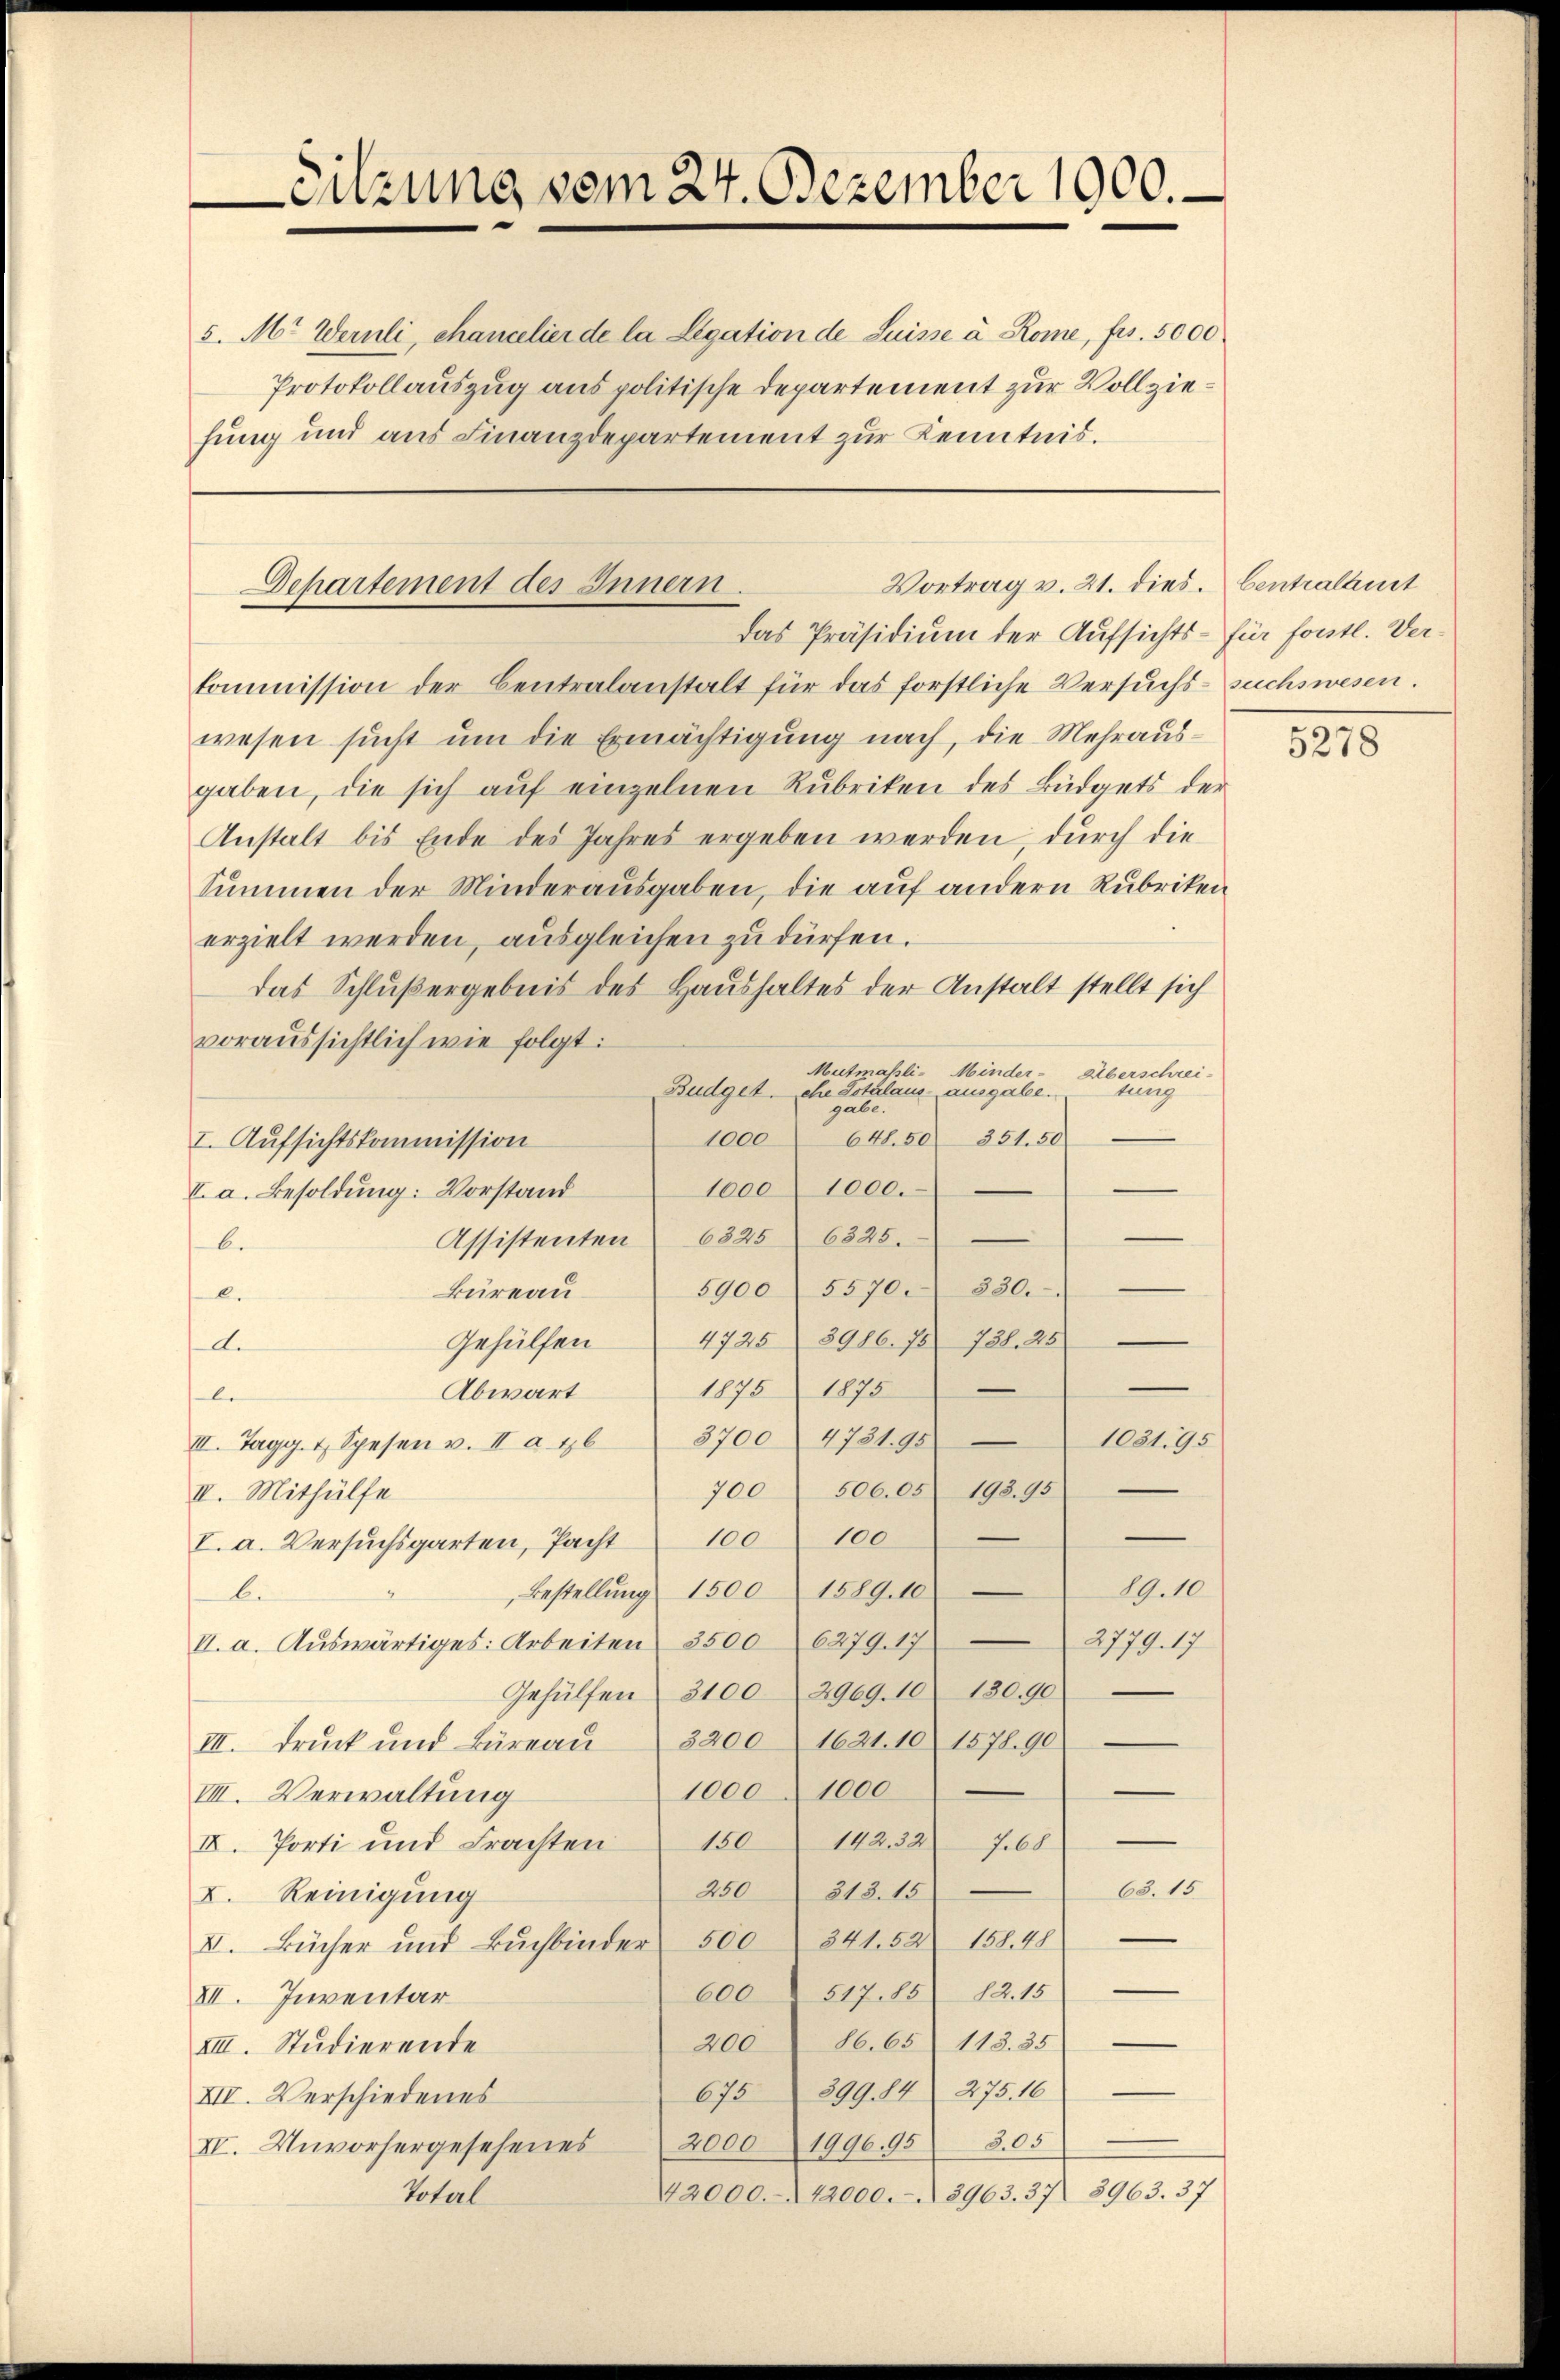
-Sitzung vom 24. Dezember 1900.

5. M. Wernli, chancelier de la Legation de Suisse à Rome, frs. 5000
Protokollauszug aus politische Departement zur Vollziehung und aus Finanzdepartement zur Kenntnis.

Vortrag v. 21. dies. Centralanst
Dehartement des Innern.

Das Präsidium der Aufsichts- für fontl. Vertommission der Centralanstalt für das forstliche Versuchs-suchswesen.
wesen sucht um die Ermächtigung nach, die Mehrausgaben, die sich auf einzelnen Rubriken des Büdgets der
Anstalt bis Ende des Jahres ergeben werden durch die
Summen der Minderausgaben, die auf andern Rubriken
erzielt werden, ausgleichen zu dürfen.
das Schlußergebnis des Haushaltes der Anstalt stellt sich
voraussichtlich wie folgt:
Mutmasli- Minder-Überschrei-
Budget. che Totalaus ausgabe.
tung
gulte
e
648. 50 351. 50
1000
I. Aufsichtskommission
teca 1000.
I. a. Besoldung: Vorstand
Assistenten 6825 6325.
b.
5900 5570. 330.
Büreau
.
e
Gehülfen  4725 8946. 78 781. 28
A.
—
1875 1875
Abwart
be
I. Tagg. 4. Spesen u. II a 16 3700 4731. 95
103195
700 506. 05 193. 95
IV. Mithülfe
I. a. Versŭchsgarten, Pacht 100100
19.10.
Bestellŭng 1500 1589. 10
bi
2779. 17
I. a. Auswärtiges: Arbeiten 3500 6279. 17
Gehülfen 31002969. 10 130. 90
III. Druck und Büreaŭ 3200 1621. 10 1578. 90
e
10001000
VIII. Verwaltung
150
142. 327. 68
IV. Porti und Frachten
63. 15
250313. 15
I. Reinigung
V. Bücher und Buchbinder 500 341. 52 158. 48
51785 82. 15
600
VII. Inventar
20086. 65 118. 35
e
XIII. Studierende
675899. 84 275. 16
e
XII. Verschiedenes
1996, 95 305
IV. Unvorhergesehenes 2000
42000. 42000. 2963. 37 3963. 37
Total

5278